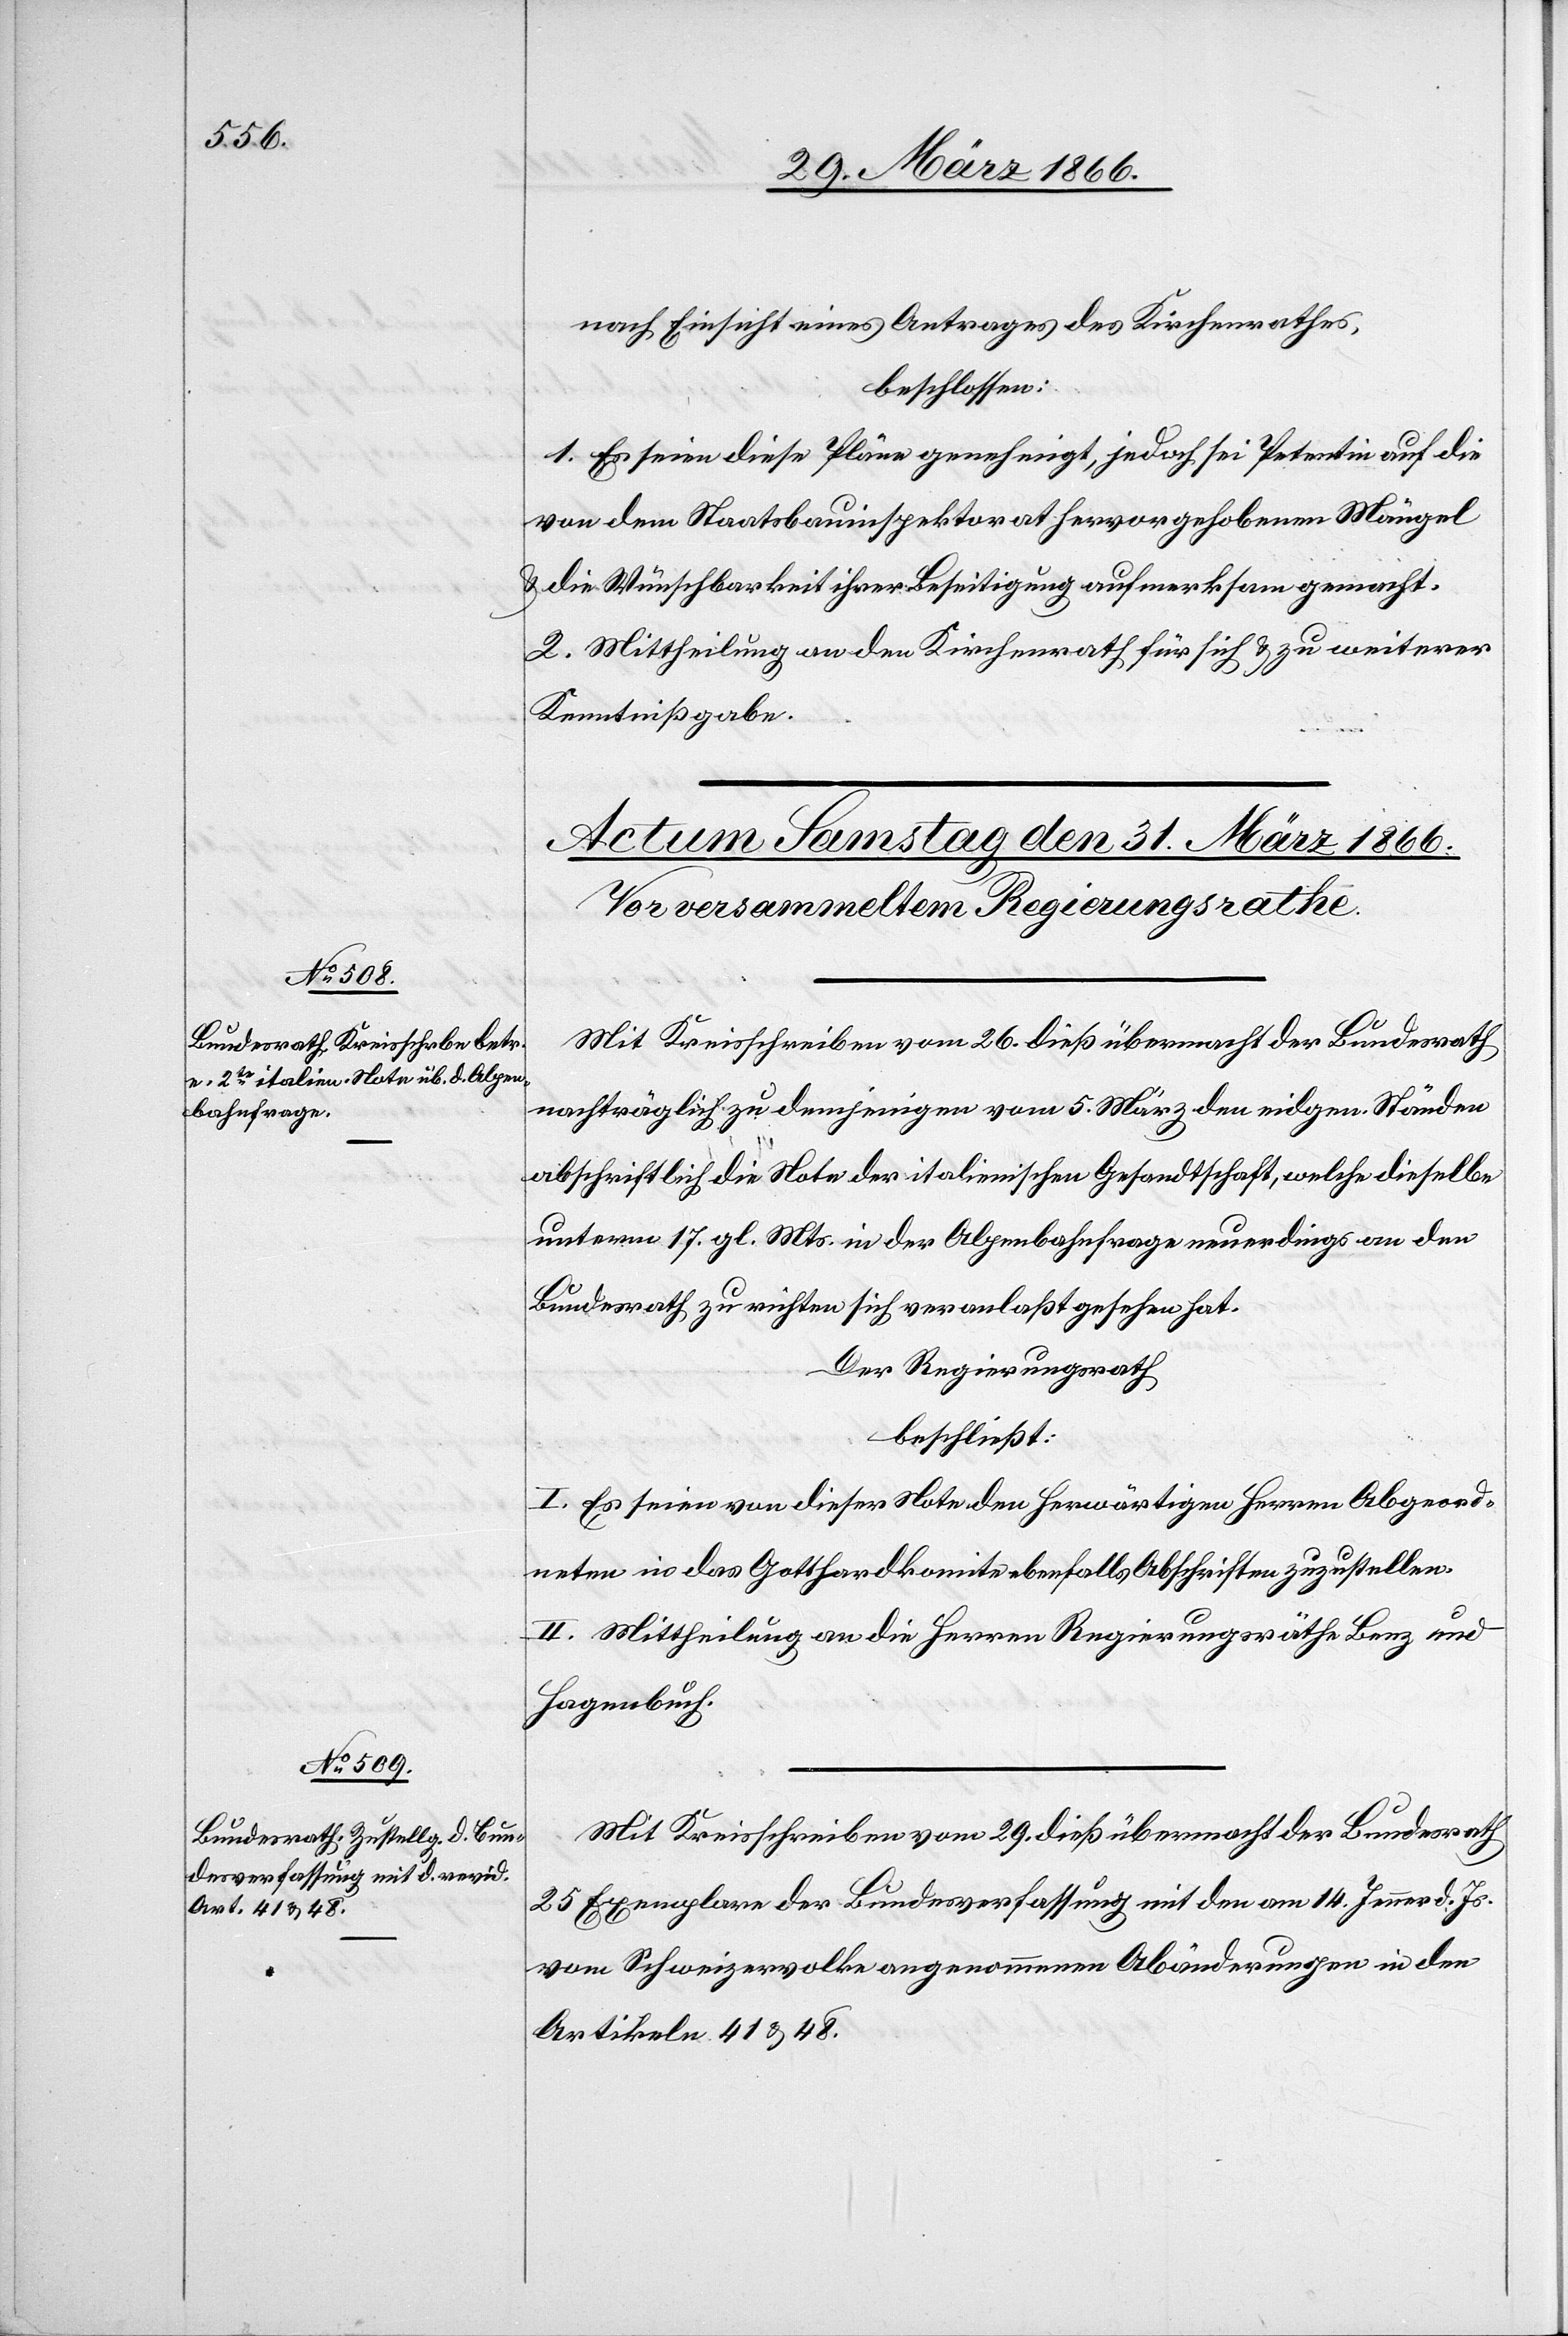
nach Einsicht eines Antrages des Kirchenrathes
beschlossen:
1. Es seien diese Pläne genehmigt, jedoch sei Petentin auf die
von dem Staatsbauinspektorat hervorgehobenen Mängel
u. die Wünschbarkeit ihrer Beseitigung aufmerksam gemacht.
2. Mittheilung an den Kirchenrath für sich u. zu weiterer
Kenntnißgabe.
Mit Kreisschreiben vom 26. dieß übermacht der Bundesrath
nachträglich zu demjenigen vom 5. März den eidgen. Ständen
abschriftlich die Note der italienischen Gesandtschaft, welche dieselbe
unterm 17. gl. Mts. in der Alpenbahnfrage neuerdings an den
Bundesrath zu richten sich veranlaßt gesehen hat.
Der Regierungsrath
beschließt:
I. Es seien von dieser Note den herwärtigen Herren Abgeord¬
neten in das Gotthardkomite ebenfalls Abschriften zuzustellen.
II. Mittheilung an die Herren Regierungsräthe Benz und
Hagenbuch.
Mit Kreisschreiben vom 29. dieß übermacht der Bundesrath
25 Exemplare der Bundesverfassung mit den am 14. Jenner d. Js.
vom Schweizervolke angenommenen Abänderungen in den
Artikeln 41 u. 48.